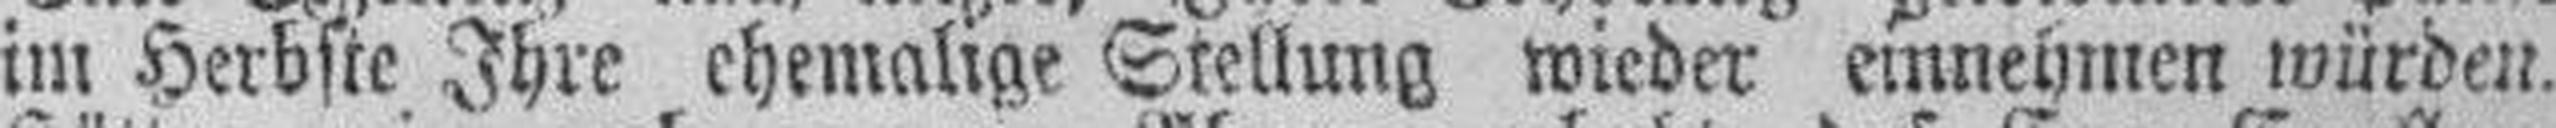
im Herbste Ihre ehemalige Stellung wieder einnehmen würden.